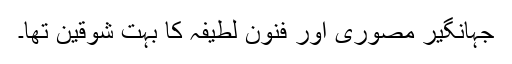
جہانگیر مصوری اور فنون لطیفہ کا بہت شوقین تھا۔